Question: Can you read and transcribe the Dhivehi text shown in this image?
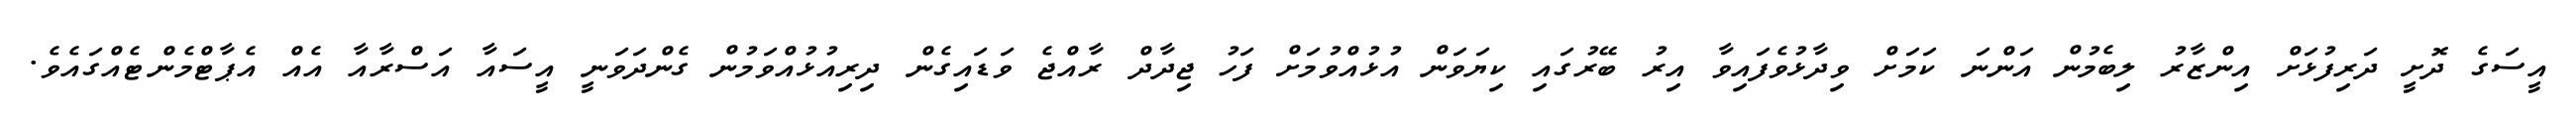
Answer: އީސަގެ ދޮށީ ދަރިފުޅަށް އިންޒާރު ލިބެމުން އަންނަ ކަމަށް ވިދާޅުވެފައިވާ އިރު ބޭރުގައި ކިޔަވަން އުޅުއްވުމަށް ފަހު ޖިދާދް ރާއްޖެ ވަޑައިގެން ދިރިއުޅުއްވަމުން ގެންދަވަނީ އީސައާ އަސްރާއާ އެއް އެޕާޓްމެންޓެއްގައެވެ.